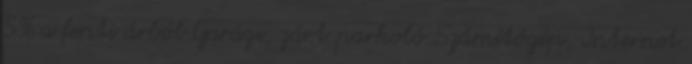
5% a fenti árból Garázs, zárt parkoló Számítógép, Internet